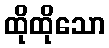
ထိုထိုသော